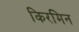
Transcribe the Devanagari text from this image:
किरमिन